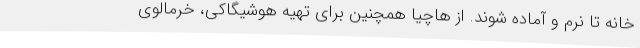
خانه تا نرم و آماده شوند. از هاچیا همچنین برای تهیه هوشیگاکی، خرمالوی